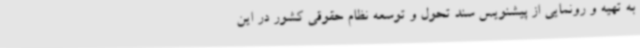
به تهیه و رونمایی از پیشنویس سند تحول و توسعه نظام حقوقی کشور در این